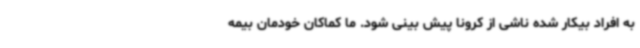
به افراد بیکار شده ناشی از کرونا پیش بینی شود. ما کماکان خودمان بیمه